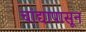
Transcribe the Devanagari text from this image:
चांद्यापासून